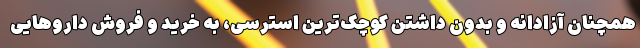
همچنان آزادانه و بدون داشتن کوچک‌ترین استرسی، به خرید و فروش داروهایی